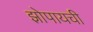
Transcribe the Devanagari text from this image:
झोपायची